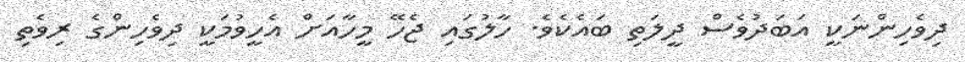
ދިވެހިންނަކީ އަބަދުވެސް ދީލަތި ބައެކެވެ. ހާލުގައި ޖެހޭ މީހާއަށް އެހީވުމަކީ ދިވެހިންގެ ރިވެތި